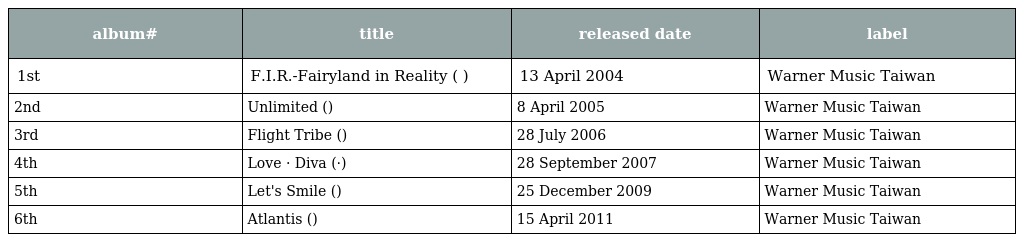
| album# | title | released date | label |
 | --- | --- | --- | --- |
 | 1st | F.I.R.-Fairyland in Reality (飛兒樂團 同名專輯) | 13 April 2004 | Warner Music Taiwan |
 | 2nd | Unlimited (無限) | 8 April 2005 | Warner Music Taiwan |
 | 3rd | Flight Tribe (飛行部落) | 28 July 2006 | Warner Music Taiwan |
 | 4th | Love · Diva (愛‧歌姬) | 28 September 2007 | Warner Music Taiwan |
 | 5th | Let's Smile (讓我們一起微笑吧) | 25 December 2009 | Warner Music Taiwan |
 | 6th | Atlantis (亞特蘭提斯) | 15 April 2011 | Warner Music Taiwan |